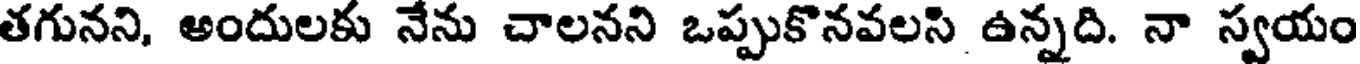
తగునని, అందులకు నేను చాలనని ఒప్పుకొనవలసి ఉన్నది. నా స్వయం